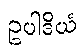
ဥပါဒိယံ